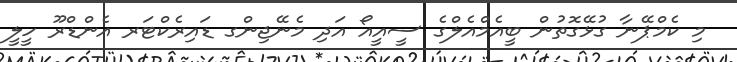
މި ކެމްޕޭނާ ގުޅޭގޮތުން ބީއެމްއެލްގެ ސީއީއޯ އަދި މެނޭޖިންގ ޑައިރެކްޓަރ އެންޑްރޫ ހީލީ